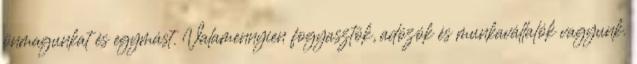
önmagunkat és egymást. Valamennyien fogyasztók, adózók és munkavállalók vagyunk.